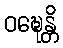
ဝဍ္ဎေန္တိ